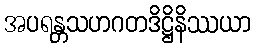
အပရန္တသဟဂတဒိဋ္ဌိနိဿယာ